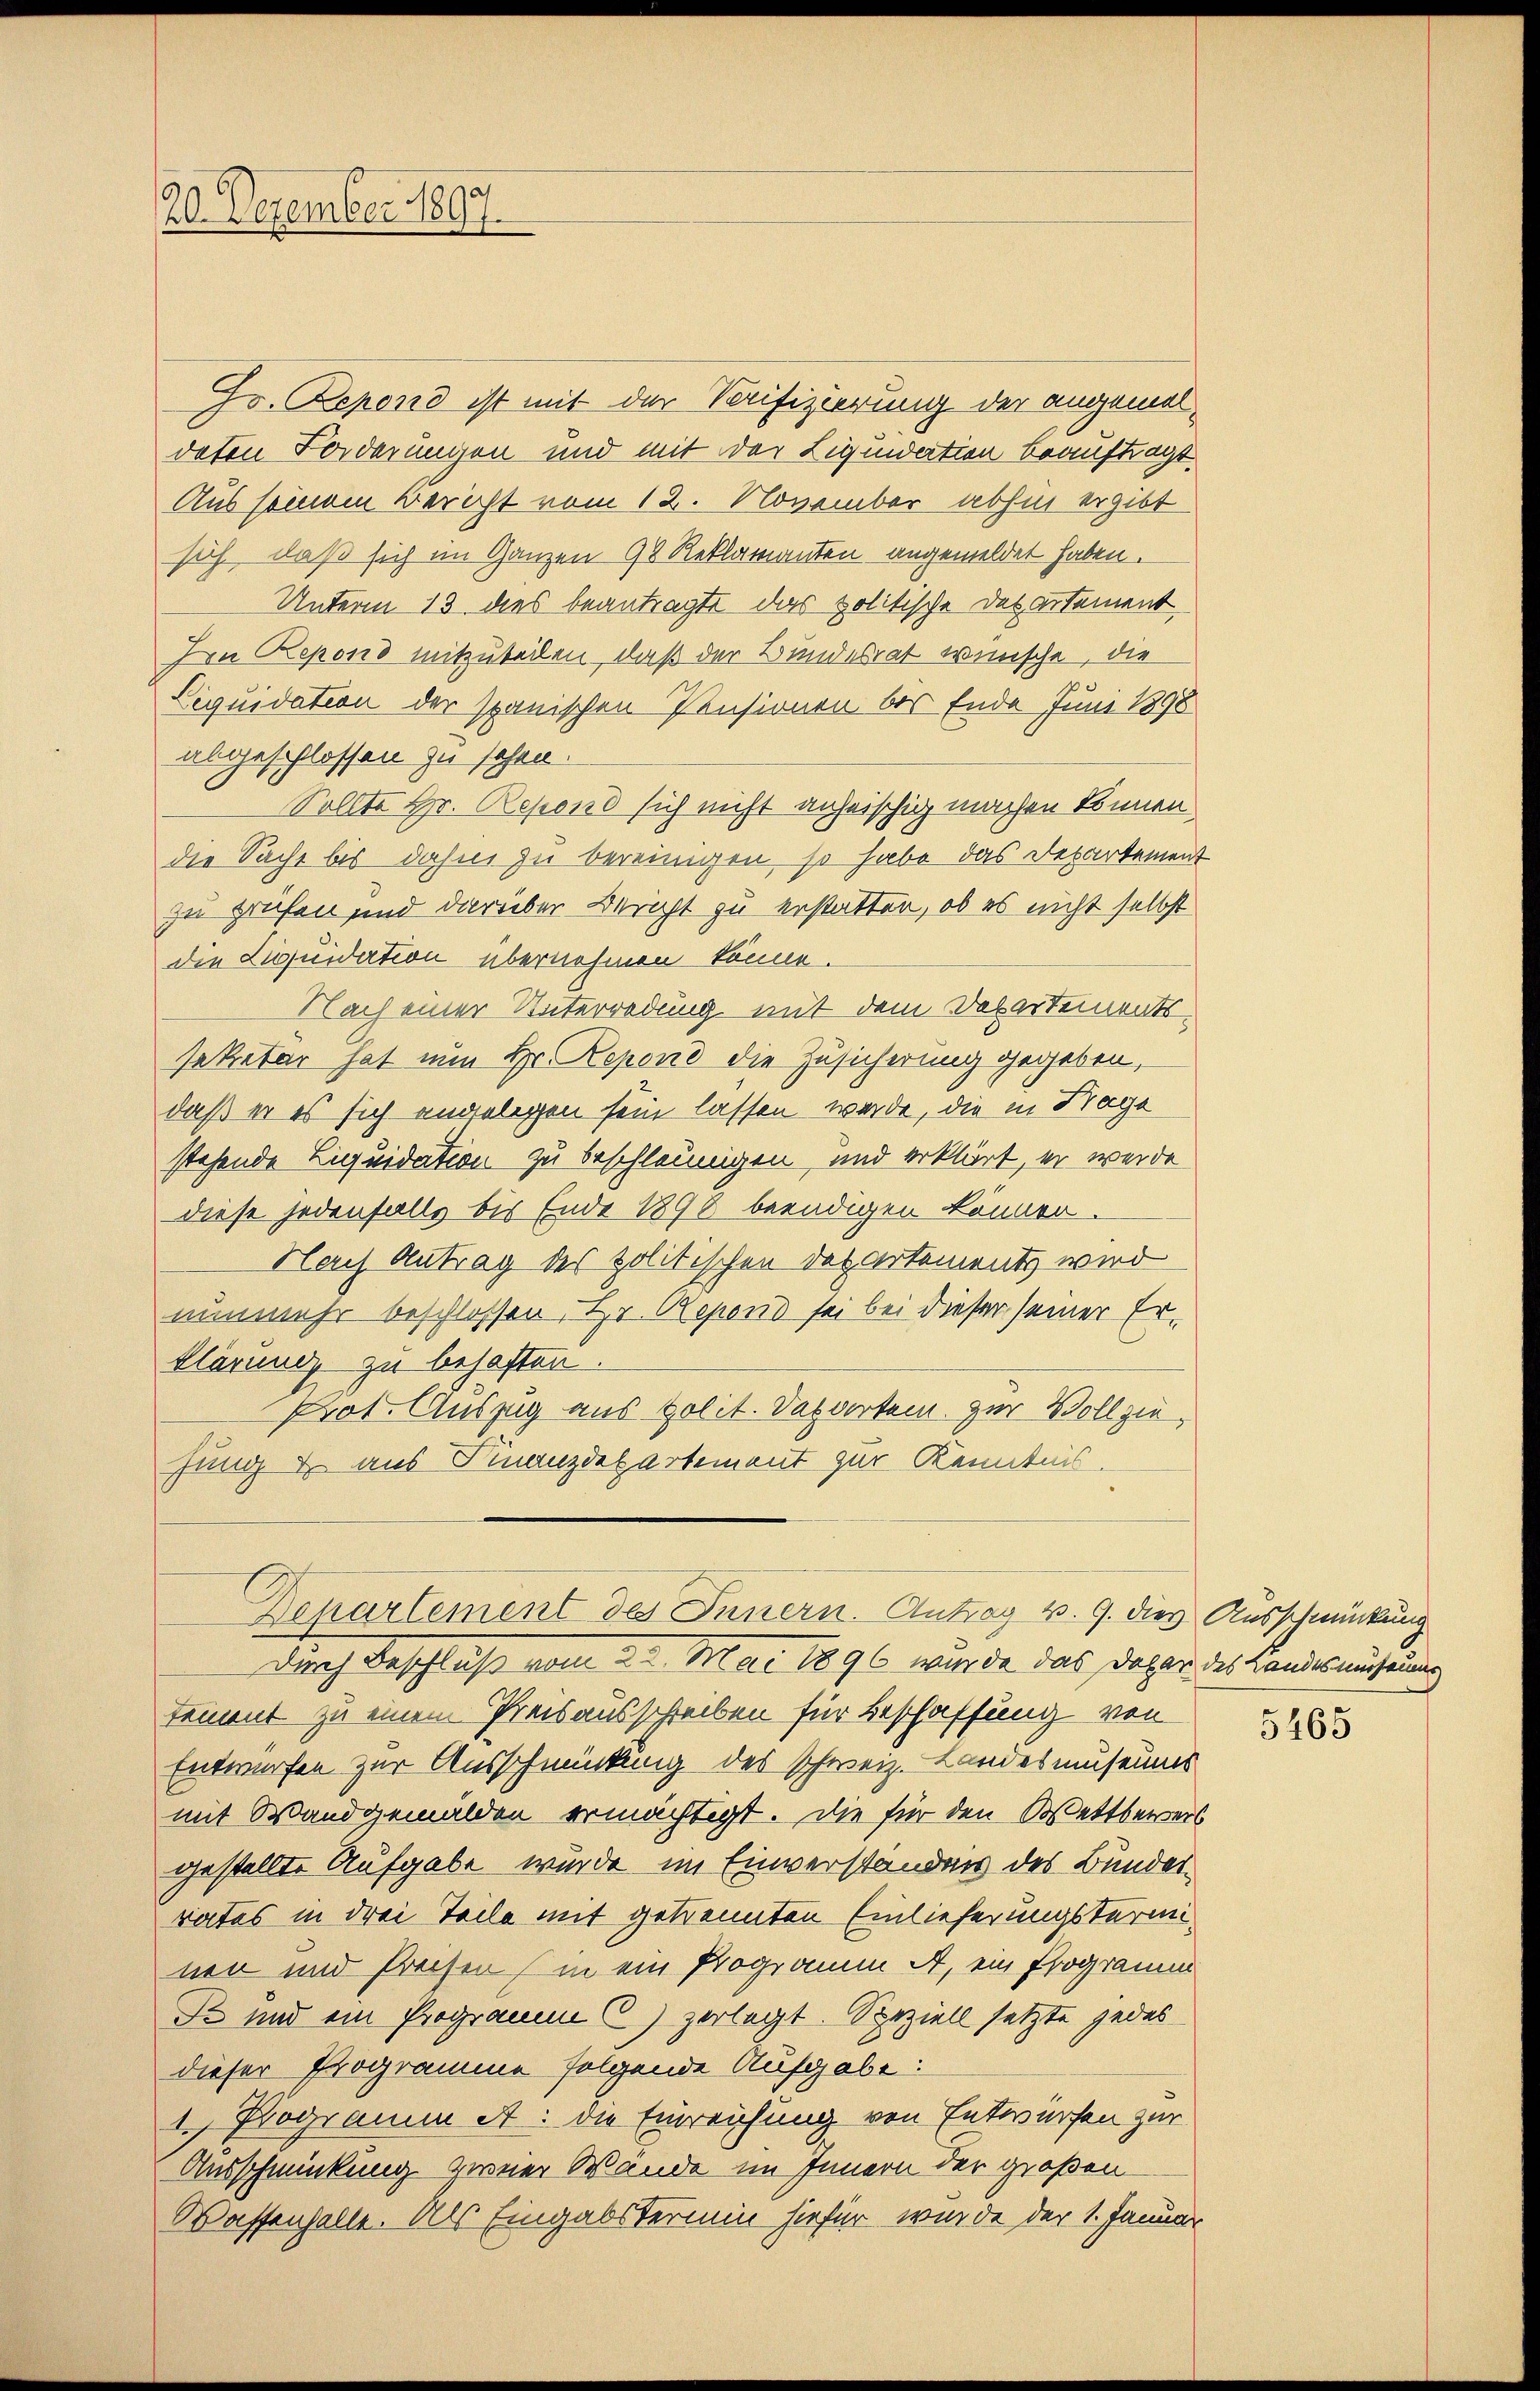
20. Dezember 1897.

Jo. Depend ist mit der Seifizierung der angemeldaten Forderungen und mit der Liquidation beauftragt.
Aus seinem Bericht vom 12. November abhin ergibt
sich, daß sich im Ganzen 92 Reklamanten angemeldet haben.
Unterm 13 des beantragte das politische des artement,
Ien Repond mitzuteilen, daß der Bundesrat wünsche, die
Liquidation der spanischen Pensionen bis Ende Juni 1898
abgeschlossen zu sehen.
Sollte Hr. Repond sich nicht anheischig machen können.
die Sache bis dahin zu bereinigen, so habe das Departement
zu prüfen und darüber Bericht zu erstatten, ob es nicht selbst
die Liquidation übernehmen könne.
Nach einer Unterredung mit dem Departementssekretär hat nun Hr. Reponi die Zusicherung gegeben,
daß er es sich angelegen sein lassen werde, die in Frage
stehende Liquidation zu beschleunigen, und erklärt, er werde
diese jedenfalls bis Ende 1898 beendigen können.
Nach Antrag des politischen Departements wird
nunmehr beschlossen, Hr. Repond sei bei dieser seiner Erklärung zu behaften.
Prot. Auszug aus polit. Departem zur Vollziefung & aus Finanzdepartement zur Kenntnis.
Denartement des Innern. Antrag v. 9. dies Ausschmückung
Durch Beschluß vom 2. Mai 1896 wurde das daher des Landesausung
tement zu einem Preisausschreiben für Beschaffung von
Entwürfen zur Ausschmückung des schweiz. Landesmuseums
mit Wandgemälden ermächtigt. Die für den Oettberers
gestellte Aufgabe wurde im Einverständnis des Bunderrates in drei Teile mit getrennten Einlieferungstermi
nen und Preisen (in ein Programm A, ein Programm
Se und ein Programm C) zerlegt. Speziell setzte jedes
dieser Programme folgende Aufgabe:
1. Programm A. die Einreichung von Entwürfen zur
Ausschmückung zweier Wande im Innern der großen
Wassenhalle. Als Eingabstermin hiefür wurde der 1. Januar

5465